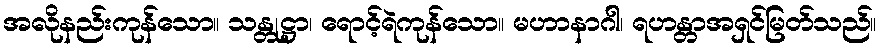
အလိုနည်းကုန်သော။ သန္တုဋ္ဌာ၊ ရောင့်ရဲကုန်သော။ မဟာနာဂါ၊ ရဟန္တာအရှင်မြတ်သည်။